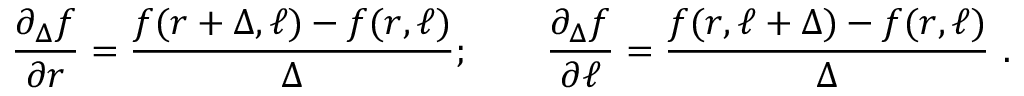
\frac { \partial _ { \Delta } f } { \partial r } = \frac { f ( r + \Delta , \ell ) - f ( r , \ell ) } { \Delta } ; \qquad \frac { \partial _ { \Delta } f } { \partial \ell } = \frac { f ( r , \ell + \Delta ) - f ( r , \ell ) } { \Delta } \ .